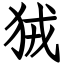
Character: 狨